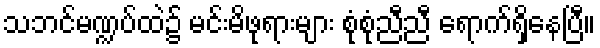
သဘင်မဏ္ဍပ်ထဲ၌ မင်းမိဖုရားများ စုံစုံညီညီ ရောက်ရှိနေပြီ။